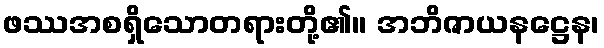
ဖဿအစရှိသောတရားတို့၏။ အဘိဇာယနဋ္ဌေန၊